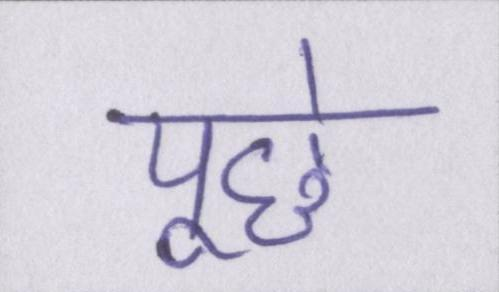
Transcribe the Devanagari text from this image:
पूछे